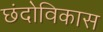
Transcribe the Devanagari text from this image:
छंदोविकास